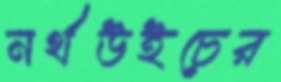
নর্থউইচের